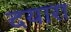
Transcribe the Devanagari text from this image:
दयारा